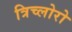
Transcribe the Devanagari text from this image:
त्रिच्लोरो